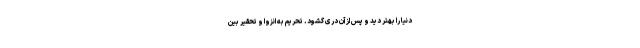
دنیا را بهتر دید و پس از آن دری گشود. تحریم به انزوا و تحقیر بین‌